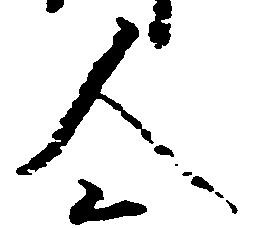
人